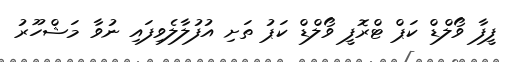
ފީފާ ވޯލްޑް ކަޕް ޓްރޮފީ ވޯލްޑް ކަޕު ތަށި އުފުލާލެވިފައި ނުވާ މަޝްހޫރު